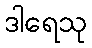
ဒါရေသု